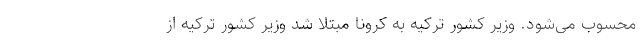
محسوب می‌شود. وزیر کشور ترکیه به کرونا مبتلا شد وزیر کشور ترکیه از